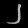
Digit: ၂